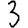
Digit: 3